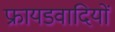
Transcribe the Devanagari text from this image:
फ्रायडवादियों